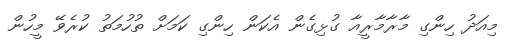
މިއަދު ހިންގި މާރާމާރީއާ ގުޅިގެން އެކަން ހިންގި ކަމަށް ތުހުމަތު ކުރެވޭ މީހުން